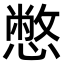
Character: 憋